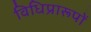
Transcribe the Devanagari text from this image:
विधिप्रारूपों